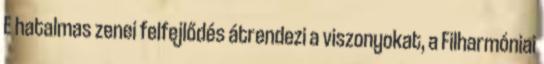
E hatalmas zenei felfejlődés átrendezi a viszonyokat, a Filharmóniai